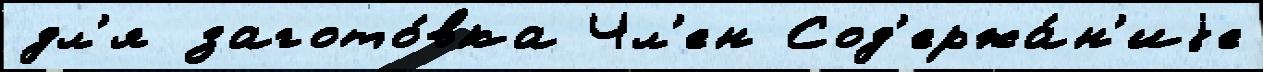
дл'я загото́вка Чл'ен Сод'ержа́н'иjе